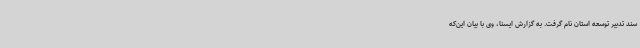
سند تدبیر توسعه استان نام گرفت. به گزارش ایسنا، وی با بیان این‌که